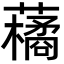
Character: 𮒬